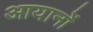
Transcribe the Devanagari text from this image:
आयानों